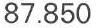
87.850